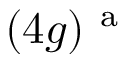
( 4 g ) ^ { \mathrm { ~ a ~ } }